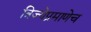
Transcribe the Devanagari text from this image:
त्रिज्येप्रमाणेच